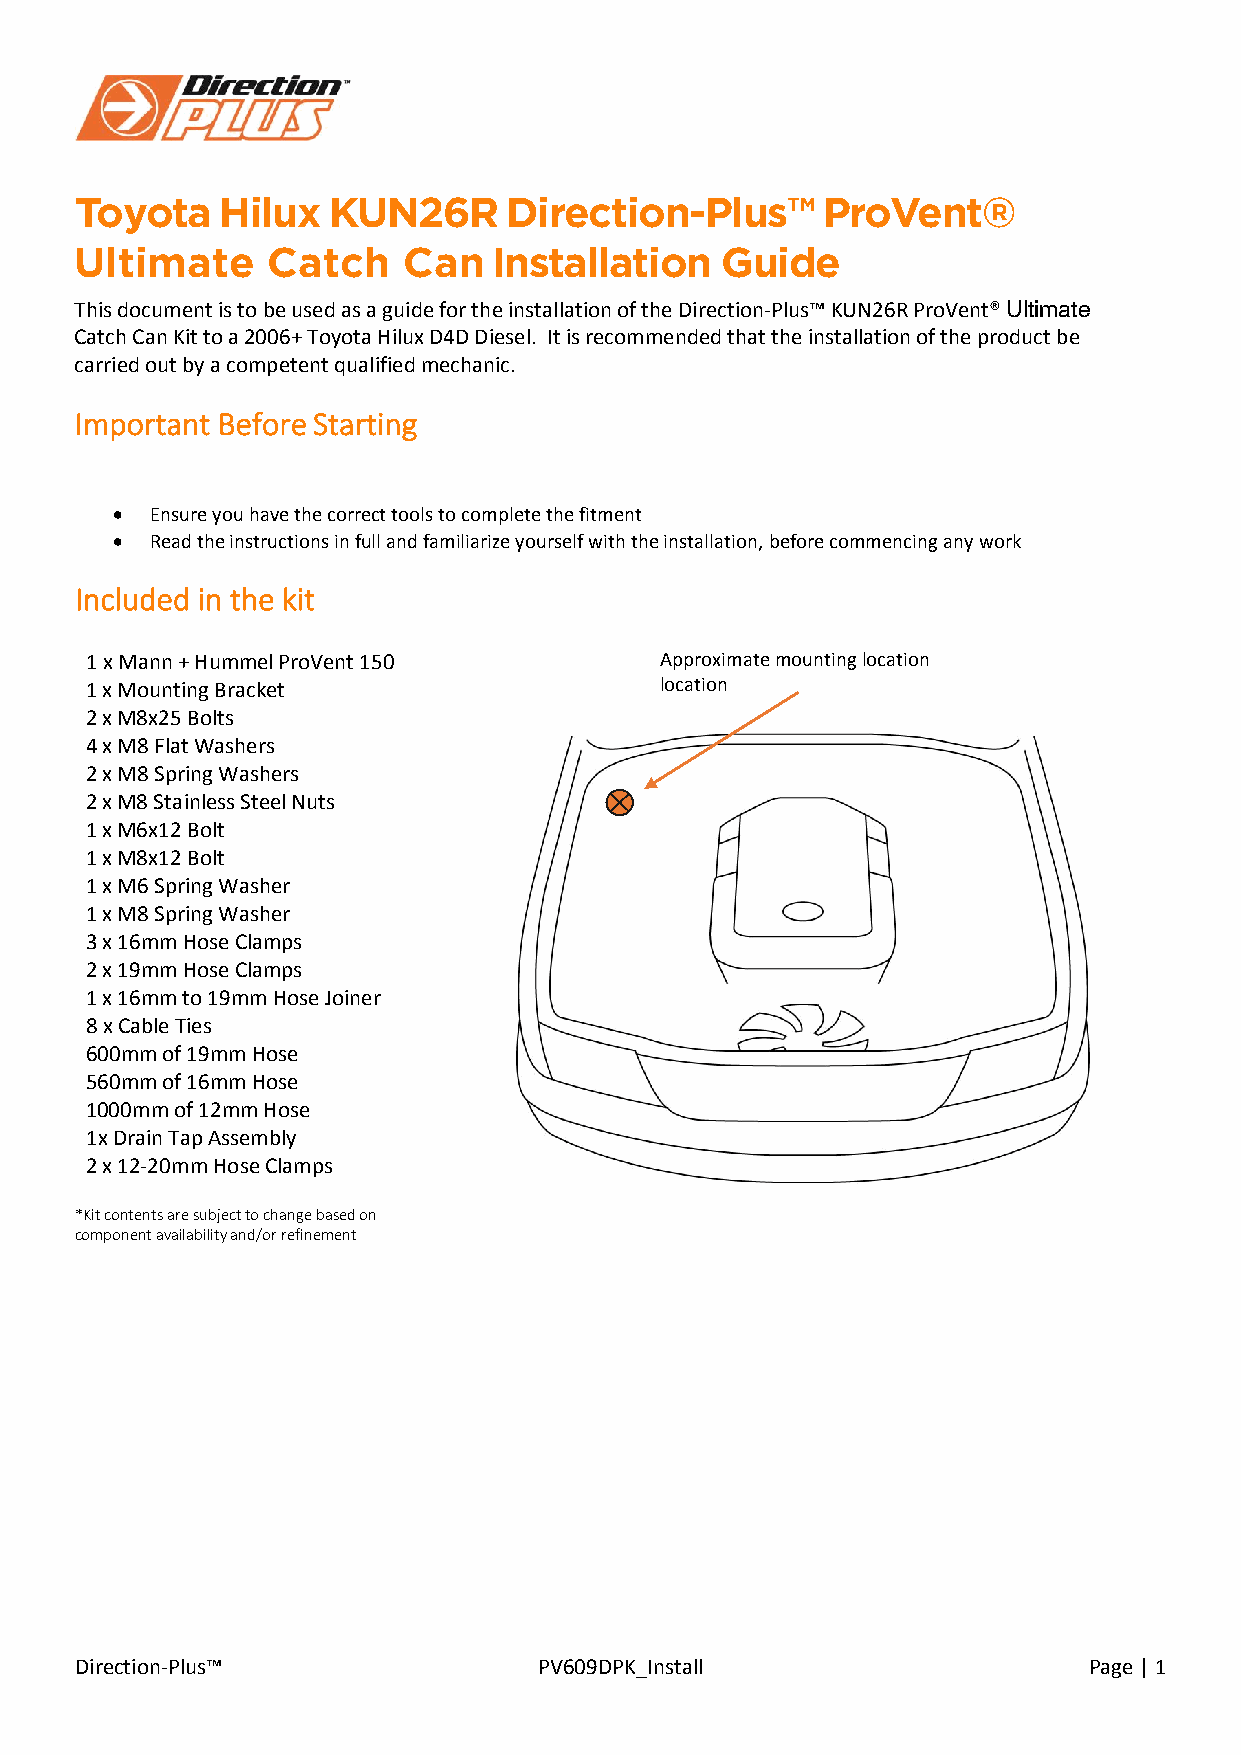
ToyotaH     ilux KUN26R      Direction-Plus™P      roVent®
 Ultimate     Catch    Can   Installation   Guide
 This document is to be used as a guide for the installation of the Direction-Plus™ KUN26R ProVent® Ultimate
 Catch Can Kit to a 2006+ Toyota Hilux D4D Diesel. It is recommended that the installation of the product be
 carried out by a competent qualified mechanic.
 Important Before Starting
 •  Ensure you have the correct tools to complete the fitment
 •  Read the instructions in full and familiarize yourself with the installation, before commencing any work
 Included in the kit
 1 x Mann + Hummel ProVent 150         Approximate mounting location
 1 x Mounting Bracket                  location
 2 x M8x25 Bolts
 4 x M8 Flat Washers
 2 x M8 Spring Washers
 2 x M8 Stainless Steel Nuts
 1 x M6x12 Bolt
 1 x M8x12 Bolt
 1 x M6 Spring Washer
 1 x M8 Spring Washer
 3 x 16mm Hose Clamps
 2 x 19mm Hose Clamps
 1 x 16mm to 19mm Hose Joiner
 8 x Cable Ties
 600mm of 19mm Hose
 560mm of 16mm Hose
 1000mm of 12mm Hose
 1x Drain Tap Assembly
 2 x 12-20mm Hose Clamps
 *Kit contents are subject to change based on
 component availability and/or refinement
 Direction-Plus™                PV609DPK_Install                    Page | 1